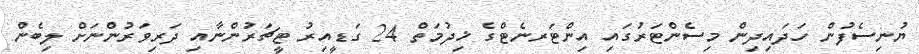
ޔުނިސެފުން ހަދައިދިން މިސެންޓަރުގައި އިންޓަރނެޓްގެ ޚިދުމަތް 24 ގަޑީއިރު ޓީޗަރުންނާއި ދަރިވަރުންނަށް ލިބެން